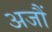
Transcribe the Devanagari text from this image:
अजौं